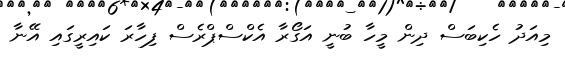
މިއަދު ހެކިބަސް ދިން މީހާ ބުނީ އަގޯރާ އެކްސްޕްރެސް ފިހާރަ ކައިރީގައި އޭނާ